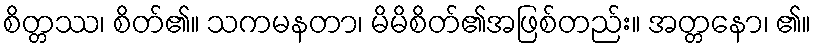
စိတ္တဿ၊ စိတ်၏။ သကမနတာ၊ မိမိစိတ်၏အဖြစ်တည်း။ အတ္တနော၊ ၏။